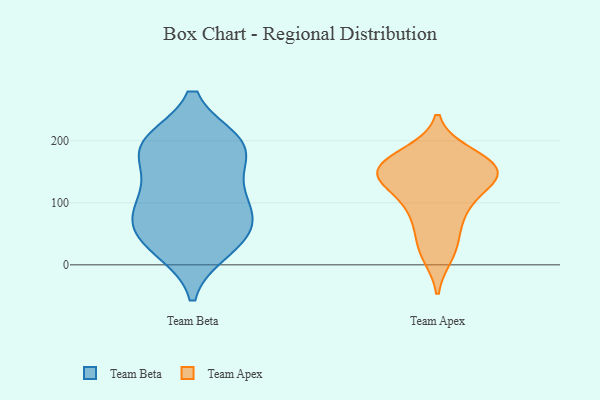
{"axis": {"x": "Humidity (%)", "y": "Value"}, "legend": ["Team Apex", "Team Beta"], "data": [{"x": "", "y": 65, "type": "Team Beta"}, {"x": "", "y": 133, "type": "Team Beta"}, {"x": "", "y": 89, "type": "Team Beta"}, {"x": "", "y": 195, "type": "Team Beta"}, {"x": "", "y": 40, "type": "Team Beta"}, {"x": "", "y": 184, "type": "Team Beta"}, {"x": "", "y": 190, "type": "Team Beta"}, {"x": "", "y": 123, "type": "Team Beta"}, {"x": "", "y": 72, "type": "Team Beta"}, {"x": "", "y": 88, "type": "Team Beta"}, {"x": "", "y": 25, "type": "Team Beta"}, {"x": "", "y": 195, "type": "Team Beta"}, {"x": "", "y": 197, "type": "Team Beta"}, {"x": "", "y": 33, "type": "Team Beta"}, {"x": "", "y": 171, "type": "Team Apex"}, {"x": "", "y": 142, "type": "Team Apex"}, {"x": "", "y": 96, "type": "Team Apex"}, {"x": "", "y": 15, "type": "Team Apex"}, {"x": "", "y": 132, "type": "Team Apex"}, {"x": "", "y": 83, "type": "Team Apex"}, {"x": "", "y": 43, "type": "Team Apex"}, {"x": "", "y": 150, "type": "Team Apex"}, {"x": "", "y": 149, "type": "Team Apex"}, {"x": "", "y": 180, "type": "Team Apex"}, {"x": "", "y": 149, "type": "Team Apex"}]}